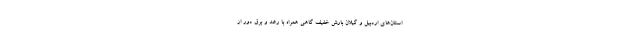
استان‌های اردبیل و گیلان بارش خفیف گاهی همراه با رعد و برق دور از